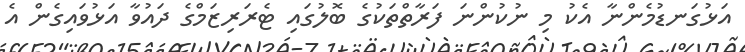
އަޅުގަނޑުމެންނާ އެކު މި ނުކުންނަ ފަރާތްތަކުގެ ބޮލުގައި ޓެރަރިޒަމްގެ ދައުވާ އަޅުވައިގެން އެ